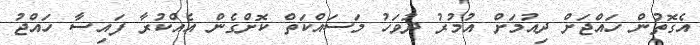
އެގޮތުން ހައްޖަށް ދިއުމަށް އުމުރު ދުވަހު މަސައްކަތް ކޮށްގެން އެއްކުރާ ފައިސާ ހައްޖު